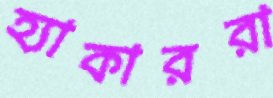
হ্যাকাররা